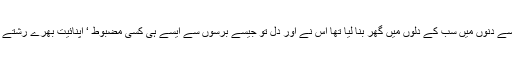
‘‘ اتنے تھوڑے سے دنوں میں سب کے دلوں میں گھر بنا لیا تھا اس نے اور دل تو جیسے برسوں سے ایسے ہی کسی مضبوط ‘ اپنائیت بھرے رشتے کو ترس رہا تھا۔